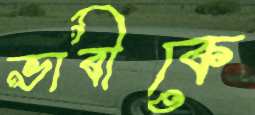
ভাবীকে